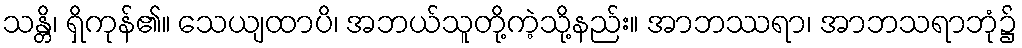
သန္တိ၊ ရှိကုန်၏။ သေယျထာပိ၊ အဘယ်သူတို့ကဲ့သို့နည်း။ အာဘဿရာ၊ အာဘသရာဘုံ၌